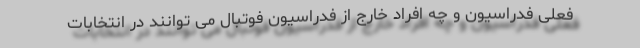
فعلی فدراسیون و چه افراد خارج از فدراسیون فوتبال می توانند در انتخابات